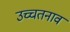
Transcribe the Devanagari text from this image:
उच्चतनाव